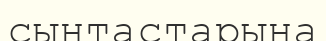
сынтастарына